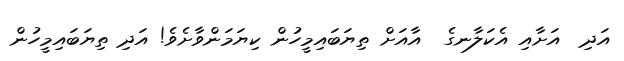
އަދި  އަށާއި އެކަލާނގެ  އާއަށް ތިޔަބައިމީހުން ކިޔަމަންވާށެވެ! އަދި ތިޔަބައިމީހުން